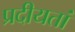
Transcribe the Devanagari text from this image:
प्रदीयतां